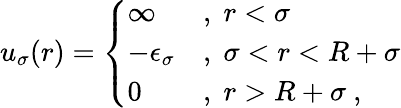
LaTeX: u_{\sigma}(r)=\left\{ \begin{array}{ll}{\infty}&{,\; r<\sigma}\\ {-\epsilon_{\sigma}}&{,\; \sigma<r<R+\sigma}\\ {0}&{,\; r>R+\sigma~,}\end{array}\right.